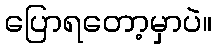
ပြောရတော့မှာပဲ။